Report of the Indian Hemp Drugs Commission, 1894-1895 - Volume I
Year: 1894
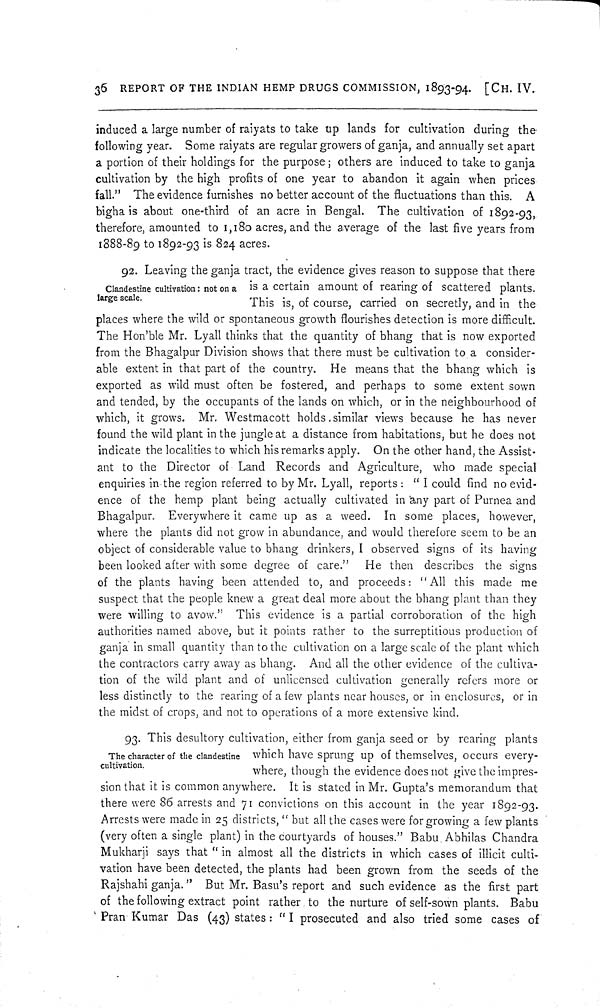
36 REPORT OF THE INDIAN HEMP DRUGS COMMISSION, 1893-94. [CH. IV.
induced a large number of raiyats to take up lands for cultivation during the
following year. Some raiyats are regular growers of ganja, and annually set apart
a portion of their holdings for the purpose; others are induced to take to ganja
cultivation by the high profits of one year to abandon it again when prices
fall." The evidence furnishes no better account of the fluctuations than this. A
bigha is about one-third of an acre in Bengal. The cultivation of 1892-93,
therefore, amounted to 1,180 acres, and the average of the last five years from
1888-89 to 1892-93 is 824 acres.
Clandestine cultivation: not on a
large scale.
92. Leaving the ganja tract, the evidence gives reason to suppose that there
is a certain amount of rearing of scattered plants.
This is, of course, carried on secretly, and in the
places where the wild or spontaneous growth flourishes detection is more difficult.
The Hon'ble Mr. Lyall thinks that the quantity of bhang that is now exported
from the Bhagalpur Division shows that there must be cultivation to a consider-
able extent in that part of the country. He means that the bhang which is
exported as wild must often be fostered, and perhaps to some extent sown
and tended, by the occupants of the lands on which, or in the neighbourhood of
which, it grows. Mr. Westmacott holds similar views because he has never
found the wild plant in the jungle at a distance from habitations, but he does not
indicate the localities to which his remarks apply. On the other hand, the Assist-
ant to the Director of Land Records and Agriculture, who made special
enquiries in the region referred to by Mr. Lyall, reports: "I could find no evid-
ence of the hemp plant being actually cultivated in any part of Purnea and
Bhagalpur. Everywhere it came up as a weed. In some places, however,
where the plants did not grow in abundance, and would therefore seem to be an
object of considerable value to bhang drinkers, I observed signs of its having
been looked after with some degree of care."
He then describes the signs
of the plants having been attended to, and proceeds: "All this made me
suspect that the people knew a great deal more about the bhang plant than they
were willing to avow." This evidence is a partial corroboration of the high
authorities named above, but it points rather to the surreptitious production of
ganja in small quantity than to the cultivation on a large scale of the plant which
the contractors carry away as bhang. And all the other evidence of the cultiva-
tion of the wild plant and of unlicensed cultivation generally refers more or
less distinctly to the rearing of a few plants near houses, or in enclosures, or in
the midst of crops, and not to operations of a more extensive kind.
The character of the clandestine
cultivation.
93. This desultory cultivation, either from ganja seed or by rearing plants
which have sprung up of themselves, occurs every-
where, though the evidence does not give the impres-
sion that it is common anywhere. It is stated in Mr. Gupta's memorandum that
there were 86 arrests and 71 convictions on this account in the year 1892-93.
Arrests were made in 25 districts, "but all the cases were for growing a few plants
(very often a single plant) in the courtyards of houses." Babu Abhilas Chandra
Mukharji says that "in almost all the districts in which cases of illicit culti-
vation have been detected, the plants had been grown from the seeds of the
Rajshahi ganja." But Mr. Basu's report and such evidence as the first part
of the following extract point rather to the nurture of self-sown plants. Babu
Pran Kumar Das (43) states: "I prosecuted and also tried some cases of